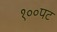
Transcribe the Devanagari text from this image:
१००पट